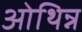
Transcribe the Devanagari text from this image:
ओथिन्न